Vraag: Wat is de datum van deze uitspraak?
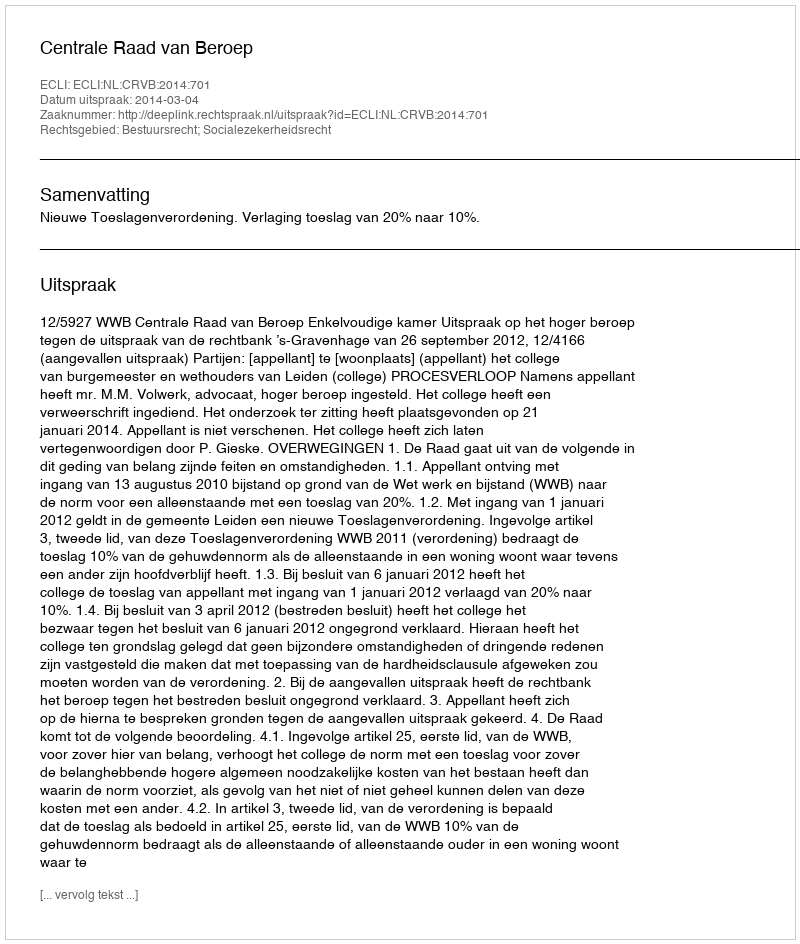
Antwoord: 2014-03-04